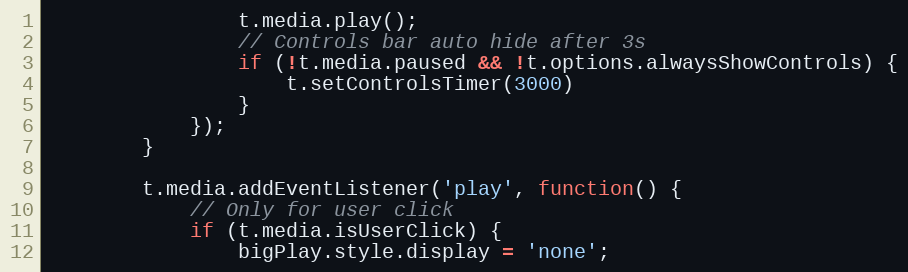
Language: JavaScript
				t.media.play();
				// Controls bar auto hide after 3s
				if (!t.media.paused && !t.options.alwaysShowControls) {
					t.setControlsTimer(3000)
				}
			});
		}

		t.media.addEventListener('play', function() {
			// Only for user click
			if (t.media.isUserClick) {
				bigPlay.style.display = 'none';